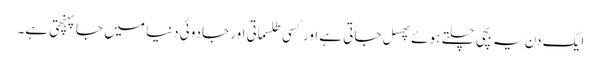
ایک دن یہ بچی چلتے ہوئے پھسل جاتی ہے اور کسی طلسماتی اور جادوئی دنیا میں جاپہنچتی ہے۔